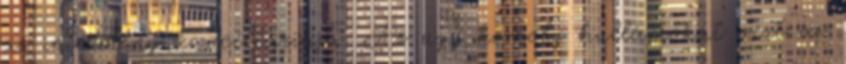
az intézmény kancelláriája. Az ügy komoly hullámokat vert az